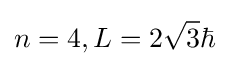
n=4,L=2{\sqrt {3}}\hbar